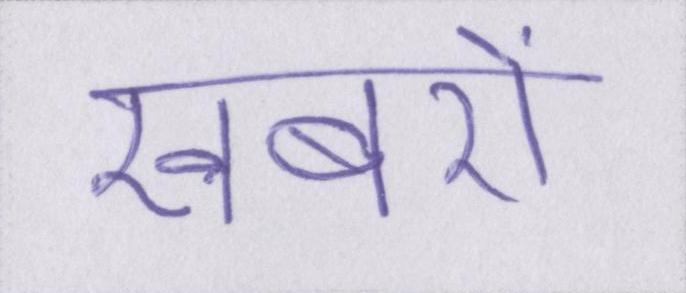
खबरों